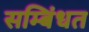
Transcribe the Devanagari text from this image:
सम्बिंधत